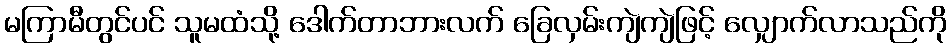
မကြာမီတွင်ပင် သူမထံသို့ ဒေါက်တာဘားလက် ခြေလှမ်းကျဲကျဲဖြင့် လျှောက်လာသည်ကို